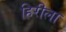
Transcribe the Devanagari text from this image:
हिरीला